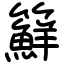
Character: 䉳